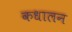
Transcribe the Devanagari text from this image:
कधालन